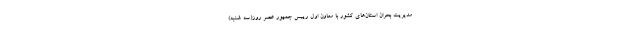
مدیریت بحران استان‌های کشور با معاون اول رییس جمهور عصر روز(سه شنبه)